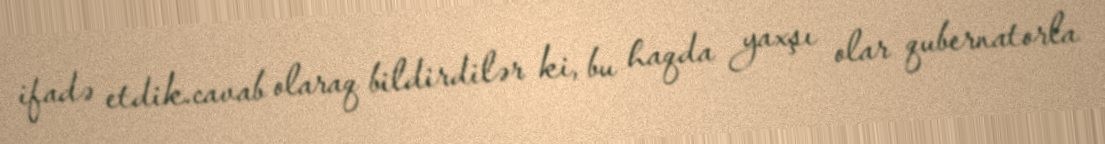
ifadə etdik.cavab olaraq bildirdilər ki, bu haqda yaxşı olar qubernatorla